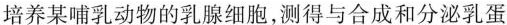
培养某哺乳动物的乳腺细胞，测得与合成和分泌乳蛋